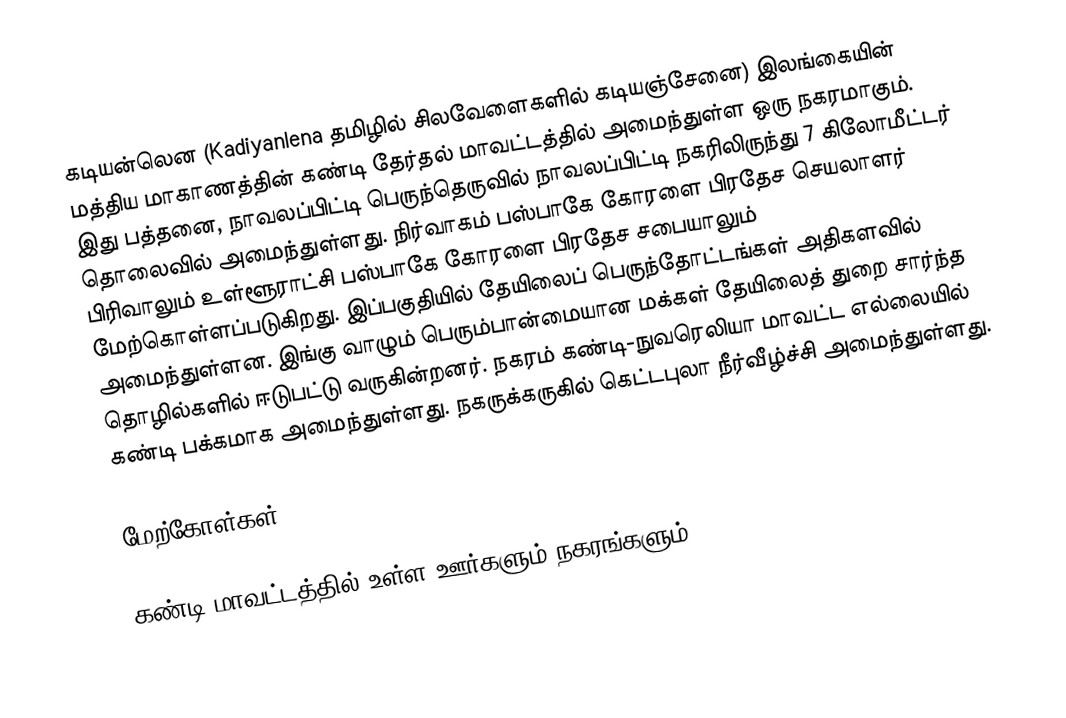
கடியன்லென (Kadiyanlena தமிழில் சிலவேளைகளில் கடியஞ்சேனை) இலங்கையின் மத்திய மாகாணத்தின்  கண்டி தேர்தல் மாவட்டத்தில் அமைந்துள்ள ஒரு நகரமாகும். இது பத்தனை, நாவலப்பிட்டி பெருந்தெருவில் நாவலப்பிட்டி நகரிலிருந்து 7 கிலோமீட்டர் தொலைவில் அமைந்துள்ளது. நிர்வாகம் பஸ்பாகே கோரளை பிரதேச செயலாளர் பிரிவாலும் உள்ளூராட்சி பஸ்பாகே கோரளை பிரதேச சபையாலும் மேற்கொள்ளப்படுகிறது. இப்பகுதியில் தேயிலைப் பெருந்தோட்டங்கள் அதிகளவில் அமைந்துள்ளன. இங்கு வாழும் பெரும்பான்மையான மக்கள் தேயிலைத் துறை சார்ந்த தொழில்களில் ஈடுபட்டு வருகின்றனர். நகரம் கண்டி-நுவரெலியா மாவட்ட எல்லையில் கண்டி பக்கமாக அமைந்துள்ளது. நகருக்கருகில் கெட்டபுலா நீர்வீழ்ச்சி அமைந்துள்ளது.

மேற்கோள்கள்

கண்டி மாவட்டத்தில் உள்ள ஊர்களும் நகரங்களும்